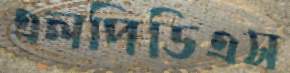
এলপিডিএস